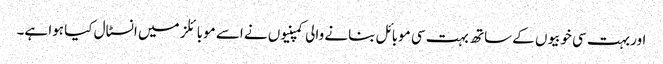
اور بہت سی خوبیوں کے ساتھ بہت سی موبائل بنانے والی کمپنیوں نے اسے موبائلز میں انسٹال کیا ہوا ہے۔